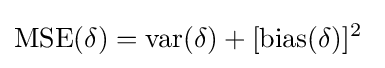
\operatorname {MSE} (\delta )=\operatorname {var} (\delta )+[\operatorname {bias} (\delta )]^{2}\